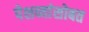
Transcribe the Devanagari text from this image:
पेशव्यांसोबत